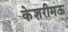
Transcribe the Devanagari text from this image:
केशरीमऊ